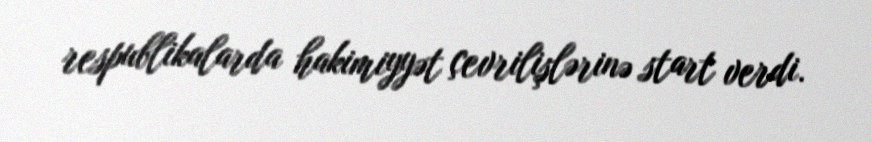
respublikalarda hakimiyyət çevrilişlərinə start verdi.